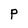
Character: P